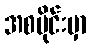
အစပိုင်းမှာ